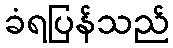
ခံရပြန်သည်